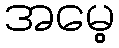
အမေ့